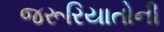
જરૂરિયાતોની